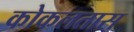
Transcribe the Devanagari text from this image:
कोकलतास